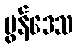
မွန်ဒေသ